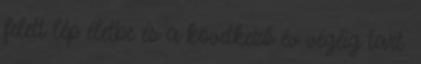
felett lép életbe és a következő év végéig tart.